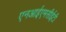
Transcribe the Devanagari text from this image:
एनआईएमसीईटी